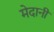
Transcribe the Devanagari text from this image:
मेदानी